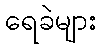
ရေခဲများ